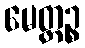
မေတ္တဉ္စ